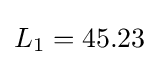
L_{1}=45.23